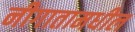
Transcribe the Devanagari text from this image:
नीगातामधील